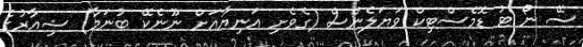
ސޭ ނޯ ޓު ޑޮމެސްޓިކް ވަޔަލެންސް (ގެވެށި އަނިޔާއަށް ނޫނެކޭ ބުނަމާ) ޝިއާރުގެ